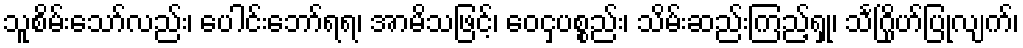
သူစိမ်းသော်လည်း၊ ပေါင်းဘော်ရရ၊ အာမိသဖြင့်၊ ဝေငှပစ္စည်း၊ သိမ်းဆည်းကြည့်ရှု၊ သင်္ဂြိုဟ်ပြုလျက်၊